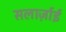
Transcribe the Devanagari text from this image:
सलार्ज़ाई